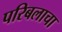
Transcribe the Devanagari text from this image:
परिबलाचा